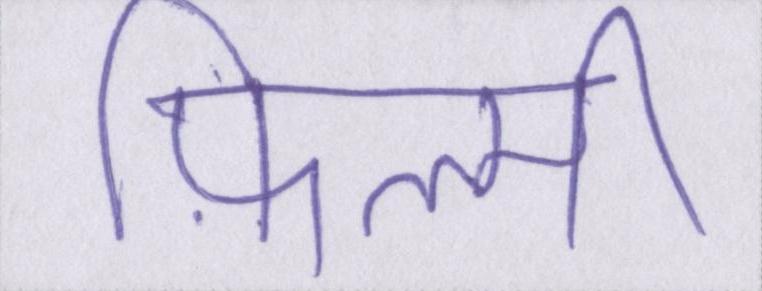
फ़िल्मी